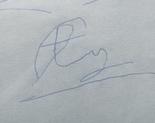
Signature authenticity: forged